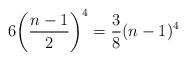
LaTeX: \begin{align*} 6 \bigg( \frac{n - 1}{2} \bigg)^4 = \frac{3}{8} ( n - 1 )^4\end{align*}